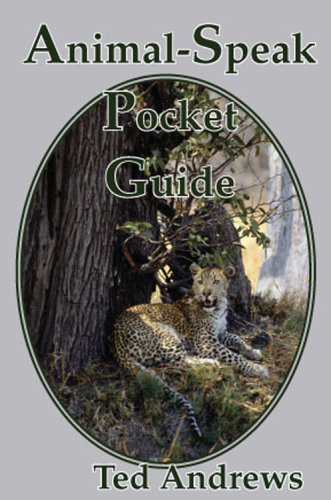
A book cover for Animal-Speak Pocket Guide; Ted Andrews; Religion & Spirituality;